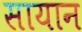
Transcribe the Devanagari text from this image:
सायान